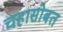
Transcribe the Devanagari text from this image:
चहासोबत